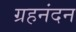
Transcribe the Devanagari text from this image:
ग्रहनंदन